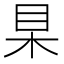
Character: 𣐥